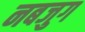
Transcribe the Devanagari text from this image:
नबजुग